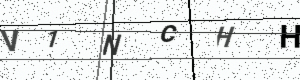
Text: V1NCHH